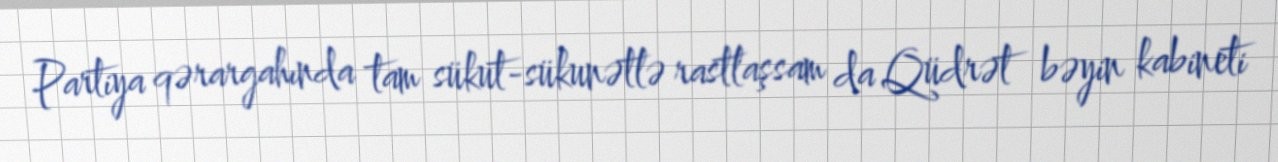
Partiya qərargahında tam sükut-sükunətlə rastlaşsam da Qüdrət bəyin kabineti